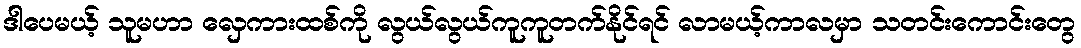
ဒါပေမယ့် သူမဟာ လှေကားထစ်ကို လွယ်လွယ်ကူကူတက်နိုင်ရင် လာမယ့်ကာလမှာ သတင်းကောင်းတွေ